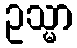
ဥသ္မာ